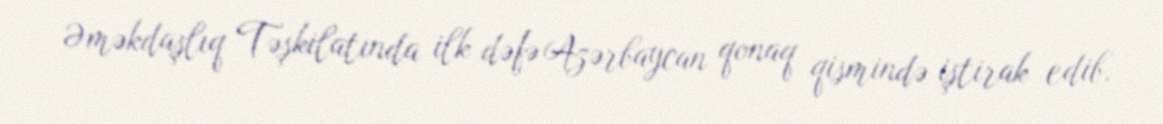
Əməkdaşlıq Təşkilatında ilk dəfə Azərbaycan qonaq qismində iştirak edib.